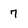
Character: 7